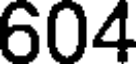
604